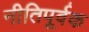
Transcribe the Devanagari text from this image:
नीतिपूर्वक